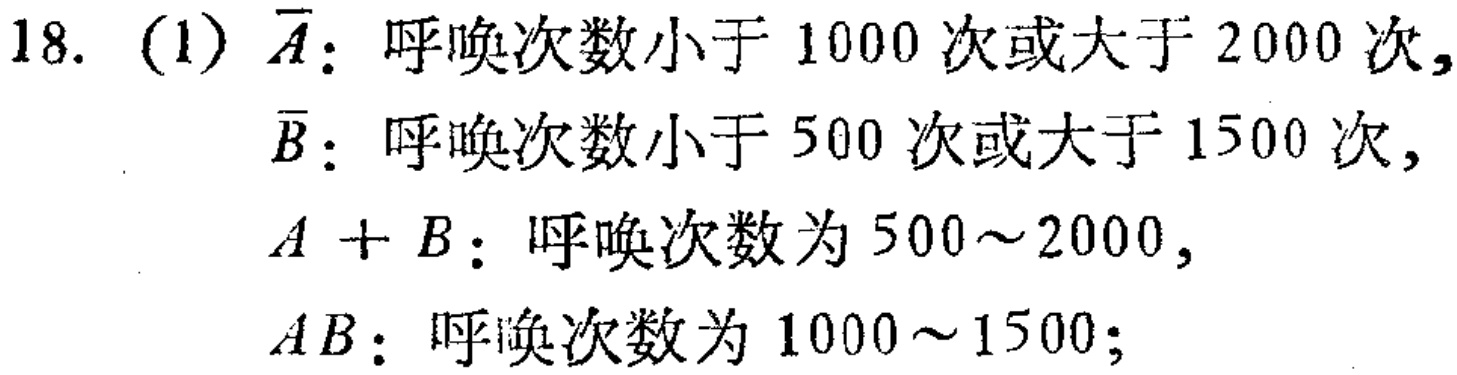
18. (1) $\overline{A}$：呼唤次数小于 1000 次或大于 2000 次,

$\overline{B}$：呼唤次数小于 500 次或大于 1500 次,

$A + B$：呼唤次数为 500～2000,

$AB$：呼唤次数为 1000～1500;